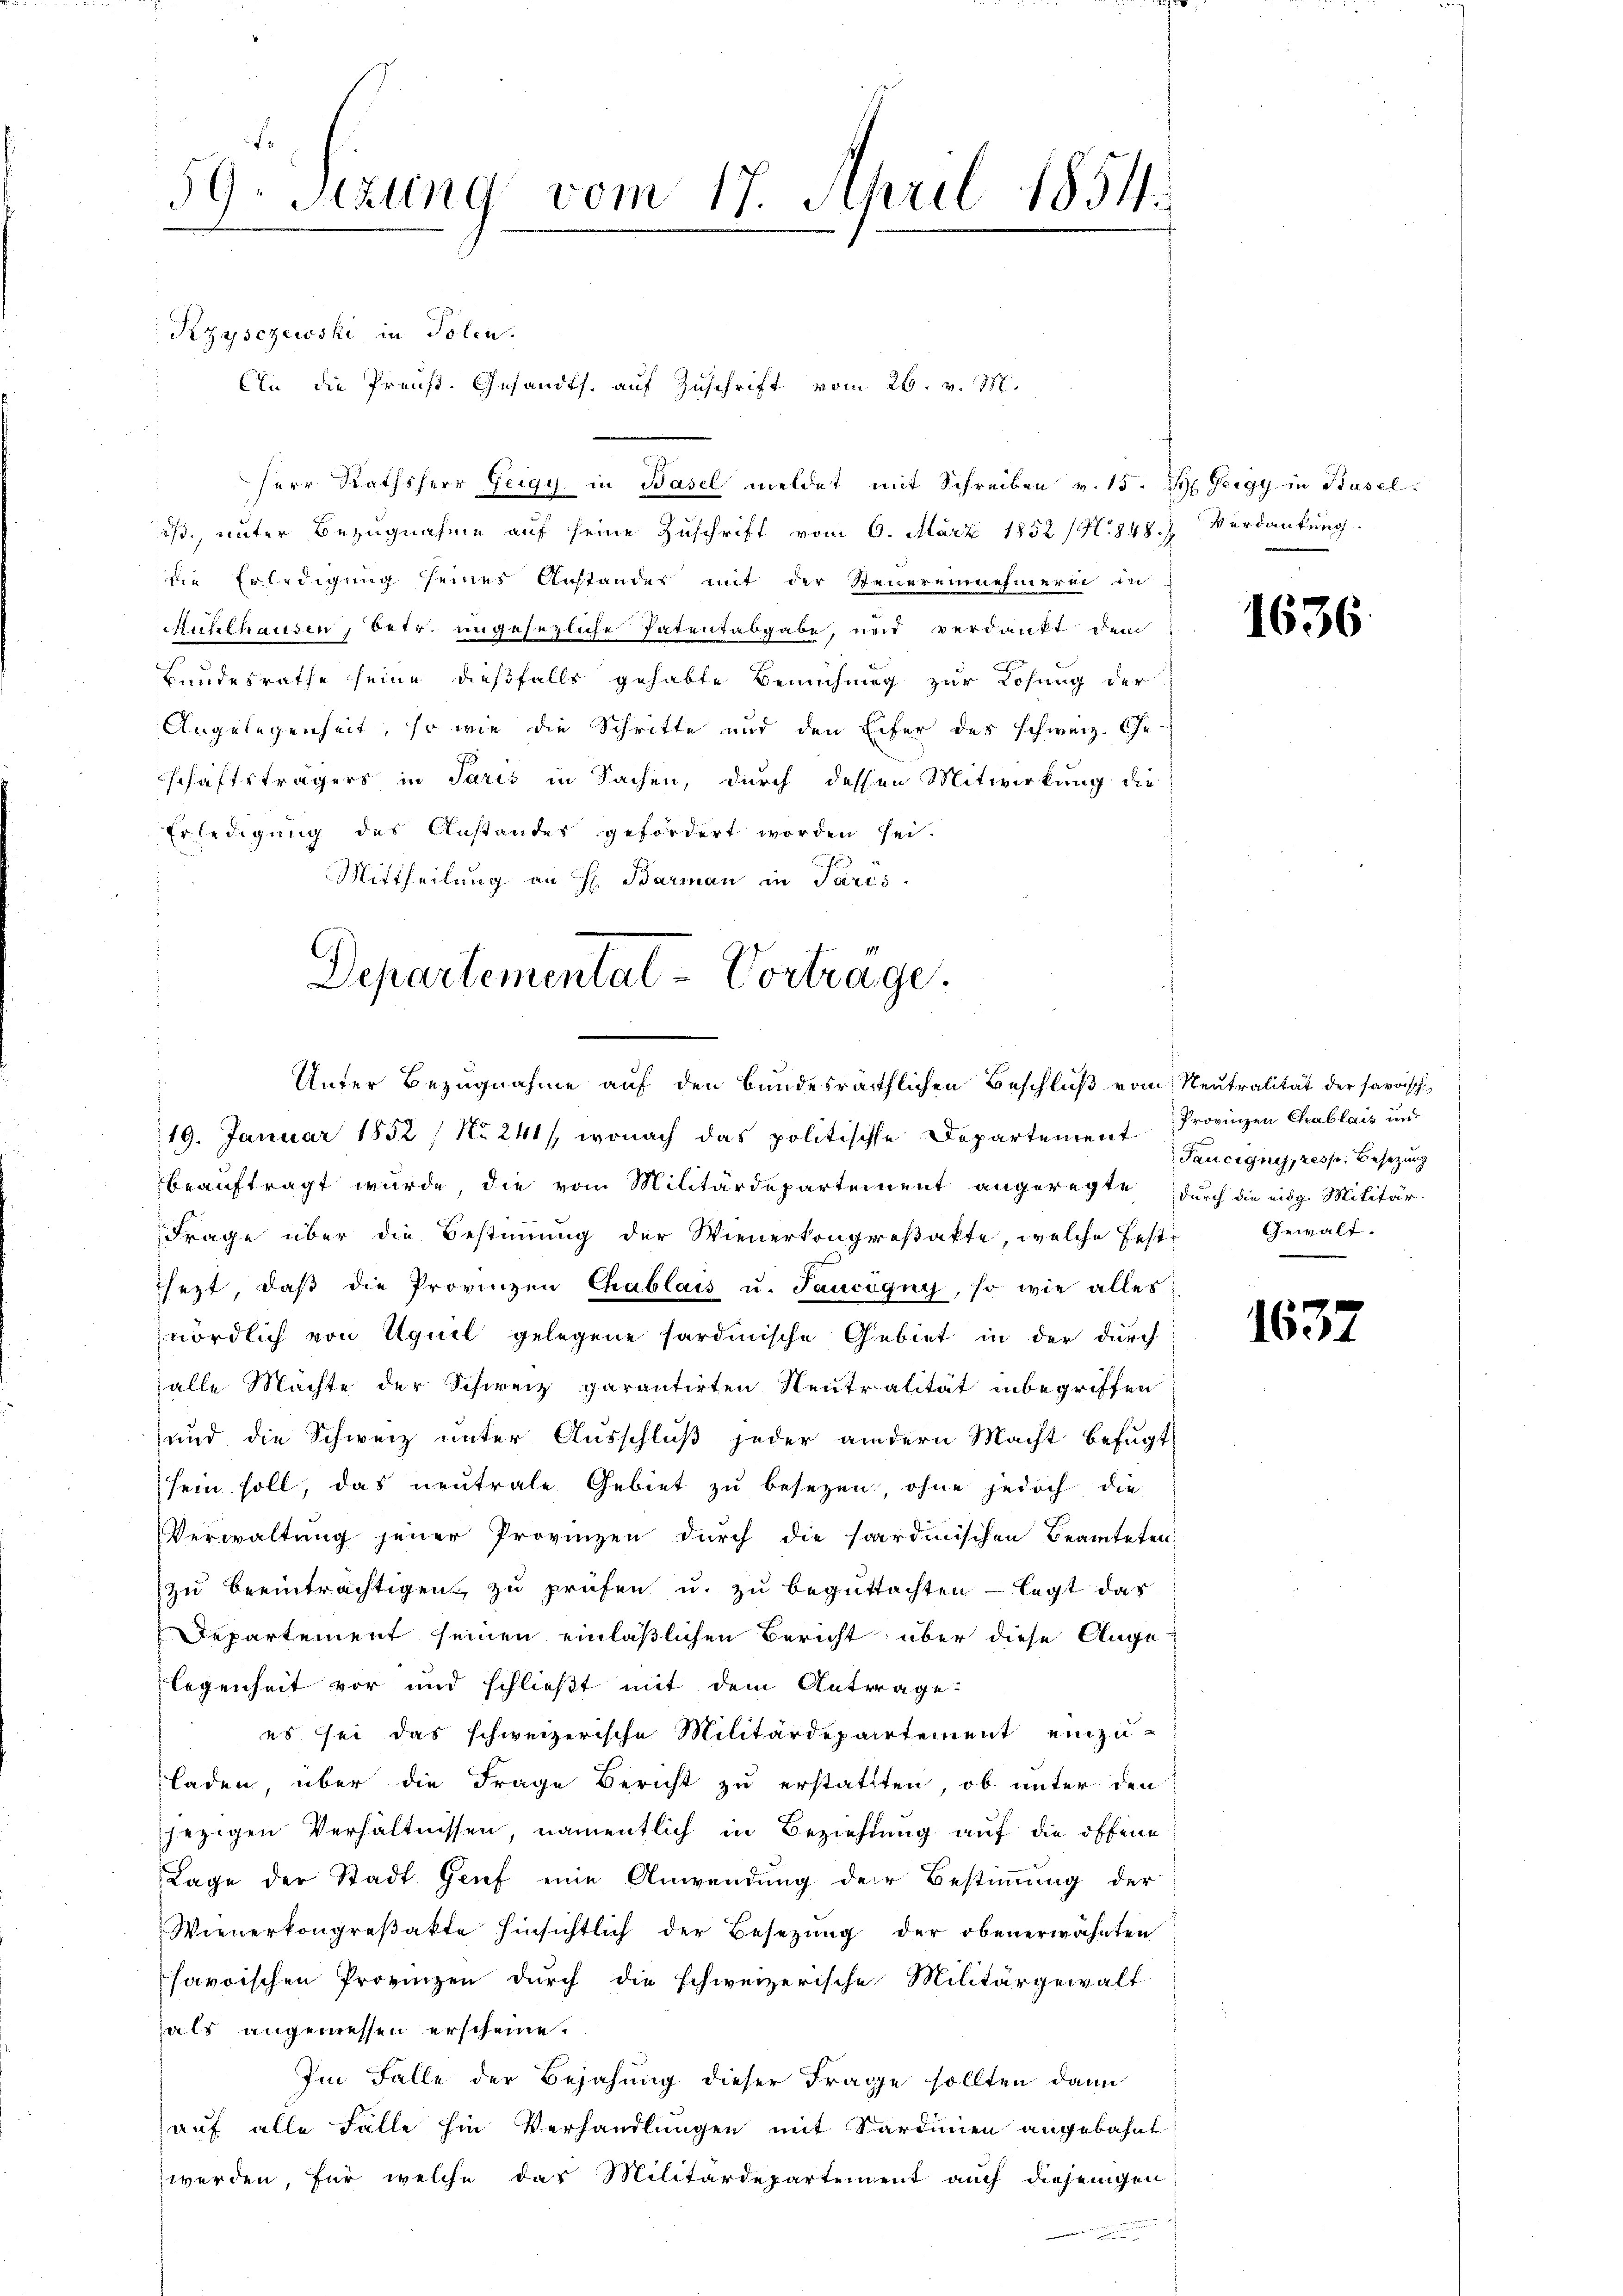
59. Sizung vom 17. April 1854.

Kzysczewski in Polen.
An die Preuß. Gesandts. auf Zuschrift vom 26. v. M.
Herr Rathsherr Zeigy in Basel meldet mit Schreiben v. 15.
ist, unter Bezugnahme auf seine Zuschrift vom 6. März 1852 /4.848 f
die Erledigung seines Anstandes mit der Steuereinnehmerei in
Richthausen, betr. ungesezliche Patentabgabe, und verdankt dem
Bundesrathe seine dießfalls gehabte Bemühung zur Lösung der
Angelegenheit, so wie die Schritte und den Eifer des schweiz. Ge-
schäftsträgers in Paris in Sachen, durch dessen Mitwirkung die
Erledigung des Anstandes gefördert worden sei.
Mittheilung an H. Barman in Paris.
19. Januar 1852 / No 241, wonach das politische Departement
beauftragt wurde, die vom Militärdeparteinent angeregte
Frage über die Bestimmung der Wienerkongreßakte, welche fest- Gewalt-
sezt, daβ die Provinzen Chablais u. Jaucigny, so wie alles
nördlich von Uguil gelegene Sardinische Gebiet in der durch
zalle Machte der Schweiz garantirten Neutralität inbegriffen.
und die Schweiz unter Ausschluß jeder andern Macht befugt
sein soll, das neutrale Gebiet zu besezen, ohne jedoch die
Verwaltung jener Provinzen durch die sardinischen Beamteten
zu beeinträchtigen zu prüfen u. zu begutachten - legt das
Departement seinen einläßlichen Bericht über diese Angelegenheit vor und schließt mit dem Antrage:
es sei das schweizerische Militärdepartement einzu-
laden, über die Frage Bericht zu erstattten, ob unter den
jezigen Verhältnissen, namentlich in Beziehung auf die offene
Lage der Stadt Grief eine Anwendung der Bestimmung der
Wienerkongreβakte hinsichtlich der Besetzŭng der obenerwähnten
havoischen Provinzen durch die schweizerische Militärgewalt
als angemessen erscheine.
Im Falle der Bejahung dieser Frage sollten dann
auf alle Falle hin Verhandlungen mit Sardinien angebahnt
werden, für welche das Militärdepartement auch diejenigen

Departementat-Vortrage.
Unter Bezugnahme auf den bundesräthlichen Beschluß vom Neutralität der savoisch

H. Bregg in Basels
Verdankung.

1636.

Provinzen Chablais und
Taucignis, resp. Besetzung
durch die eidg. Militär

1637